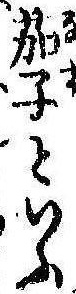
茄子といふ